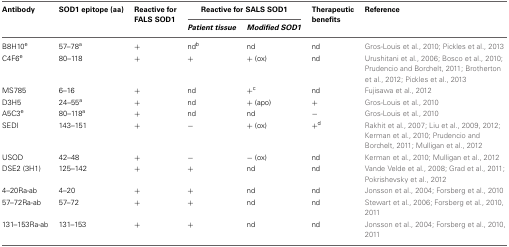
<table><thead><tr><td><b>Antibody</b></td><td><b>SOD1 epitope (aa)</b></td><td><b>Reactive for FALS SOD1</b></td><td colspan="2"><b>Reactive for SALS SOD1</b></td><td><b>Therapeutic benefits</b></td><td><b>Reference</b></td></tr><tr><td></td><td></td><td></td><td><b><i>Patient tissue</i></b></td><td><b><i>Modified SOD1</i></b></td><td></td><td></td></tr></thead><tbody><tr><td>B8H10<sup>e</sup></td><td>57–78<sup>a</sup></td><td>+</td><td>nd<sup>b</sup></td><td>nd</td><td>nd</td><td>Gros-Louis et al., 2010; Pickles et al., 2013</td></tr><tr><td>C4F6<sup>e</sup></td><td>80–118</td><td>+</td><td>+</td><td>+ (ox)</td><td>nd</td><td>Urushitani et al., 2006; Bosco et al., 2010; Prudencio and Borchelt, 2011; Brotherton et al., 2012; Pickles et al., 2013</td></tr><tr><td>MS785</td><td>6–16</td><td>+</td><td>nd</td><td>+<sup>c</sup></td><td>nd</td><td>Fujisawa et al., 2012</td></tr><tr><td>D3H5</td><td>24–55<sup>a</sup></td><td>+</td><td>nd</td><td>+ (apo)</td><td>+</td><td>Gros-Louis et al., 2010</td></tr><tr><td>A5C3<sup>e</sup></td><td>80–118<sup>a</sup></td><td>+</td><td>nd</td><td>nd</td><td>−</td><td>Gros-Louis et al., 2010</td></tr><tr><td>SEDI</td><td>143–151</td><td>+</td><td>−</td><td>+ (ox)</td><td>+<sup>d</sup></td><td>Rakhit et al., 2007; Liu et al., 2009, 2012; Kerman et al., 2010; Prudencio and Borchelt, 2011; Mulligan et al., 2012</td></tr><tr><td>USOD</td><td>42–48</td><td>+</td><td>−</td><td>− (ox)</td><td>nd</td><td>Kerman et al., 2010; Mulligan et al., 2012</td></tr><tr><td>DSE2 (3H1)</td><td>125–142</td><td>+</td><td>+</td><td>nd</td><td>nd</td><td>Vande Velde et al., 2008; Grad et al., 2011; Pokrishevsky et al., 2012</td></tr><tr><td>4–20Ra-ab</td><td>4–20</td><td>+</td><td>+</td><td>nd</td><td>nd</td><td>Jonsson et al., 2004; Forsberg et al., 2010</td></tr><tr><td>57–72Ra-ab</td><td>57–72</td><td>+</td><td>+</td><td>nd</td><td>nd</td><td>Stewart et al., 2006; Forsberg et al., 2010, 2011</td></tr><tr><td>131–153Ra-ab</td><td>131–153</td><td>+</td><td>+</td><td>nd</td><td>nd</td><td>Jonsson et al., 2004; Forsberg et al., 2010, 2011</td></tr></tbody></table>